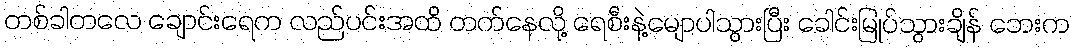
တစ်ခါတလေ ချောင်းရေက လည်ပင်းအထိ တက်နေလို့ ရေစီးနဲ့မျောပါသွားပြီး ခေါင်းမြုပ်သွားချိန် ဘေးက